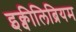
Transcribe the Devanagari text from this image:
इक्वीलिब्रियम